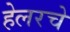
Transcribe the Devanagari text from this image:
हेलरचे